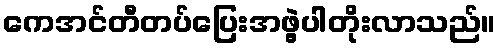
ကေအင်တီတပ်ပြေးအဖွဲ့ပါတိုးလာသည်။